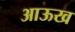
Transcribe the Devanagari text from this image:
आऊख